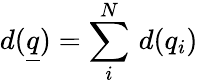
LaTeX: d(\underline{{q}})=\sum_{i}^{N}\, d(q_{i})